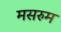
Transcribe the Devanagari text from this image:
मसरुम